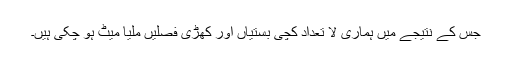
جس کے نتیجے میں ہماری لا تعداد کچی بستیاں اور کھڑی فصلیں ملیا میٹ ہو چکی ہیں۔